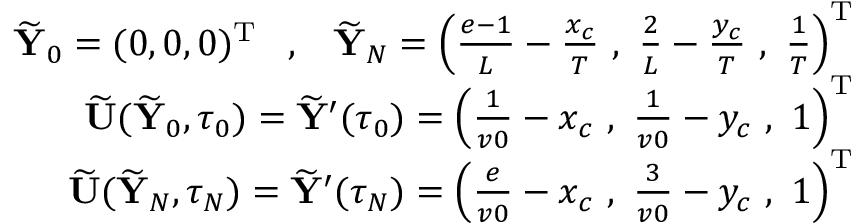
\begin{array} { r } { \widetilde { { \mathbf Y } } _ { 0 } = ( 0 , 0 , 0 ) ^ { { \mathrm T } } \; \; \; , \; \; \; \widetilde { { \mathbf Y } } _ { N } = \left( \frac { e - 1 } { L } - \frac { x _ { c } } { T } \, \, , \, \, \frac { 2 } { L } - \frac { y _ { c } } { T } \, \, , \, \, \frac { 1 } { T } \right) ^ { { \mathrm T } } } \\ { \widetilde { { \mathbf U } } ( \widetilde { { \mathbf Y } } _ { 0 } , \tau _ { 0 } ) = \widetilde { { \mathbf Y } } ^ { \prime } ( \tau _ { 0 } ) = \left( \frac { 1 } { v 0 } - x _ { c } \, \, , \, \, \frac { 1 } { v 0 } - y _ { c } \, \, , \, \, 1 \right) ^ { { \mathrm T } } } \\ { \widetilde { { \mathbf U } } ( \widetilde { { \mathbf Y } } _ { N } , \tau _ { N } ) = \widetilde { { \mathbf Y } } ^ { \prime } ( \tau _ { N } ) = \left( \frac { e } { v 0 } - x _ { c } \, \, , \, \, \frac { 3 } { v 0 } - y _ { c } \, \, , \, \, 1 \right) ^ { { \mathrm T } } } \end{array}